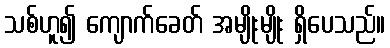
သစ်ဟူ၍ ကျောက်ခေတ် အမျိုးမျိုး ရှိပေသည်။